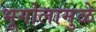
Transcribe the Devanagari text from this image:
भूगोलामुळे